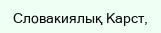
Словакиялық Карст,